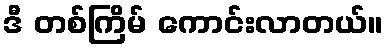
ဒီ တစ်ကြိမ် ကောင်းလာတယ်။